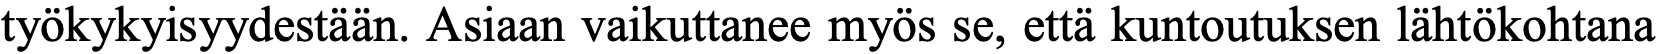
työkykyisyydestään. Asiaan vaikuttanee myös se, että kuntoutuksen lähtökohtana